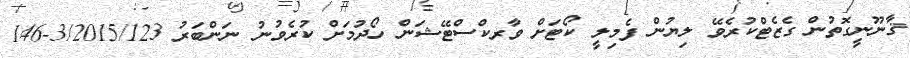
ޤާނޫނީގޮތުން ގެޒެޓްކުރެވޭ ލިޔުން ފެމިލީ ކޯޓަށް ވާރކްސްޓޭޝަން ހޯދުމަށް ކުރެވުނު ނަންބަރު 3/2015/123-146